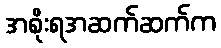
အစိုးရအဆက်ဆက်က